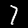
Label: 7